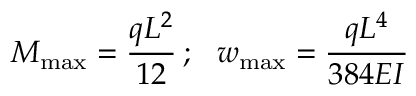
M _ { \mathrm { m a x } } = { \cfrac { q L ^ { 2 } } { 1 2 } } ~ ; ~ ~ w _ { \mathrm { m a x } } = { \cfrac { q L ^ { 4 } } { 3 8 4 E I } }